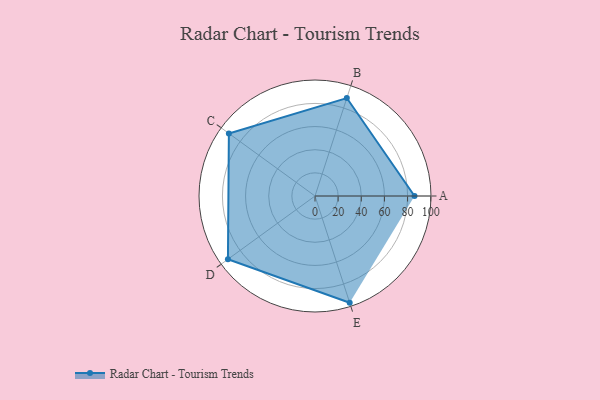
{"axis": {"x": "Skill", "y": "Score"}, "legend": ["Profile"], "data": [{"x": "A", "y": 86.0, "type": "Profile"}, {"x": "B", "y": 89.0, "type": "Profile"}, {"x": "C", "y": 92.0, "type": "Profile"}, {"x": "D", "y": 93.0, "type": "Profile"}, {"x": "E", "y": 97.0, "type": "Profile"}]}